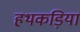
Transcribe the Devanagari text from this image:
हथकड़ियां